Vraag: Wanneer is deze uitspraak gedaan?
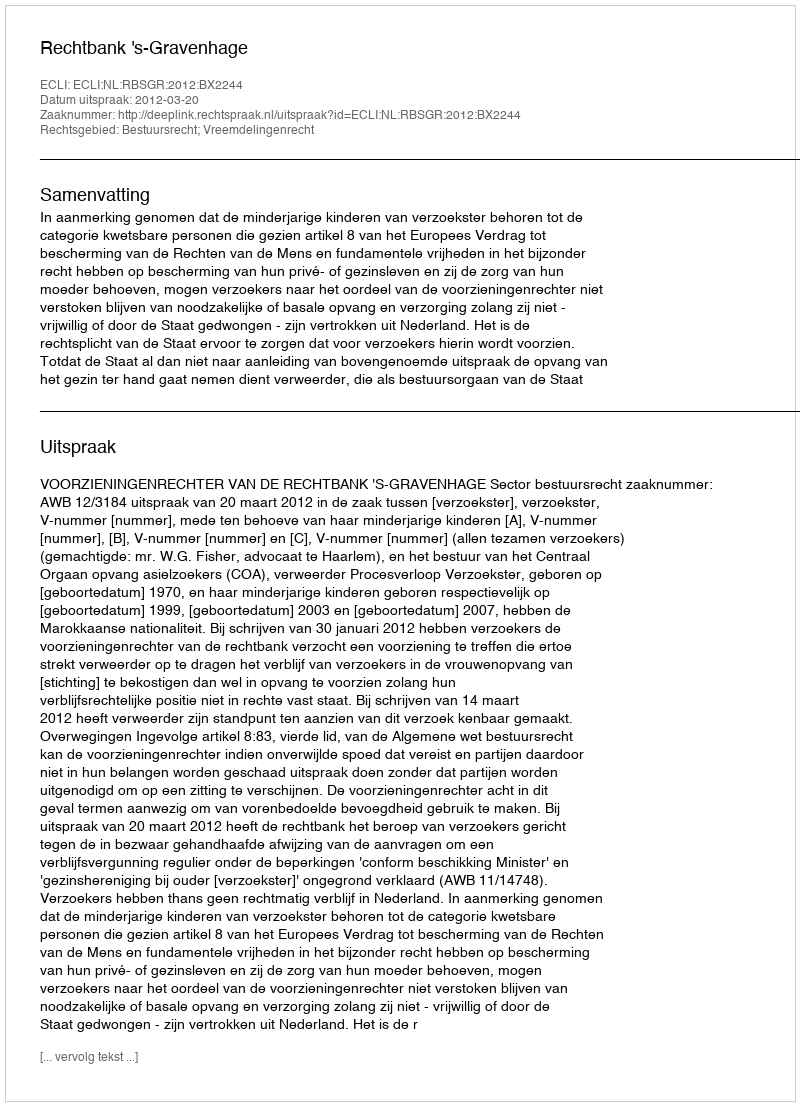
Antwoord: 2012-03-20